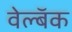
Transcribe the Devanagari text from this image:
वेल्बॅक